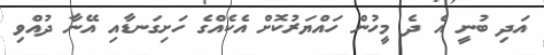
އަދި ބުނީ އެ ދެ މީހުން ހައްޔަރުކޮށް އެކެއްގެ ހަށިގަނޑާއި އޭނާ ދުއްވި